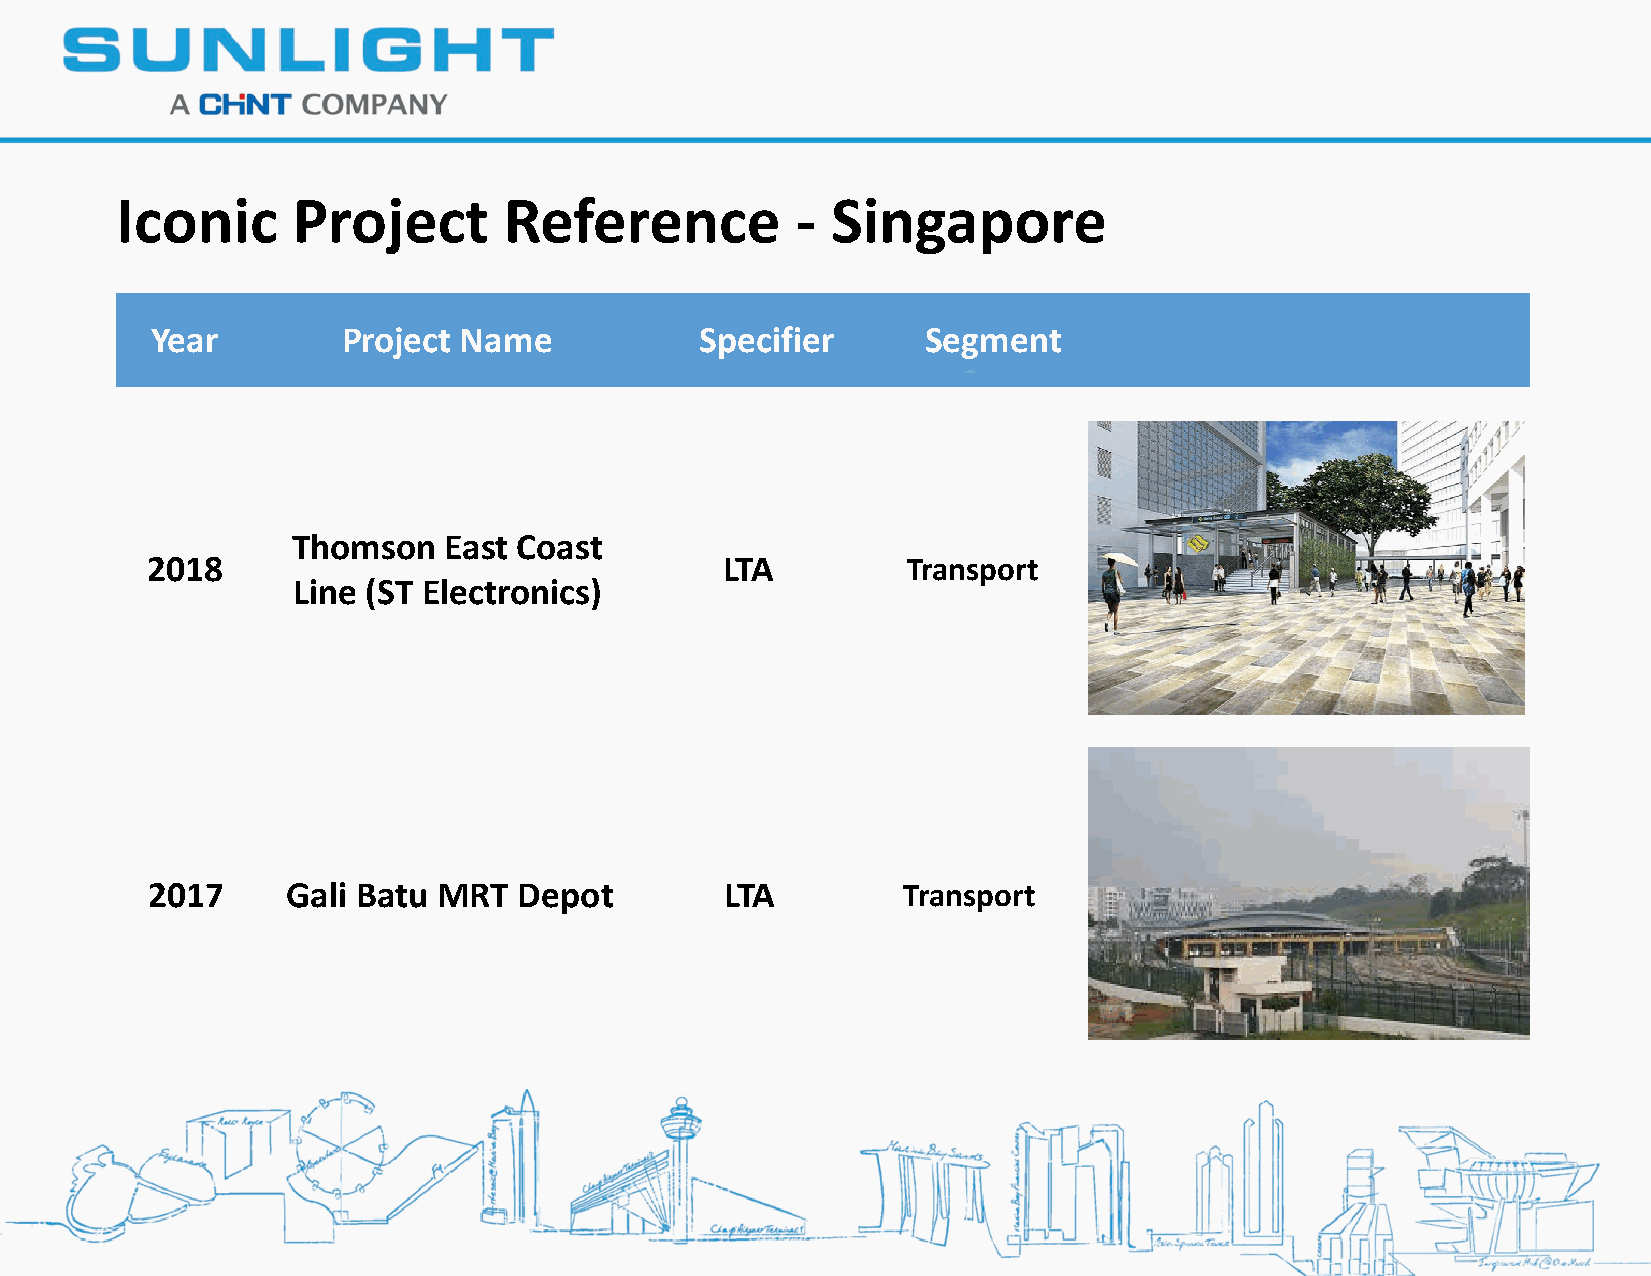
Iconic     Project       Reference           - Singapore
 Year         Project Name           Specifier      Segment
 Thomson   East Coast
 2018                                  LTA         Transport
 Line (ST Electronics)
 2017     Gali Batu MRT  Depot         LTA         Transport